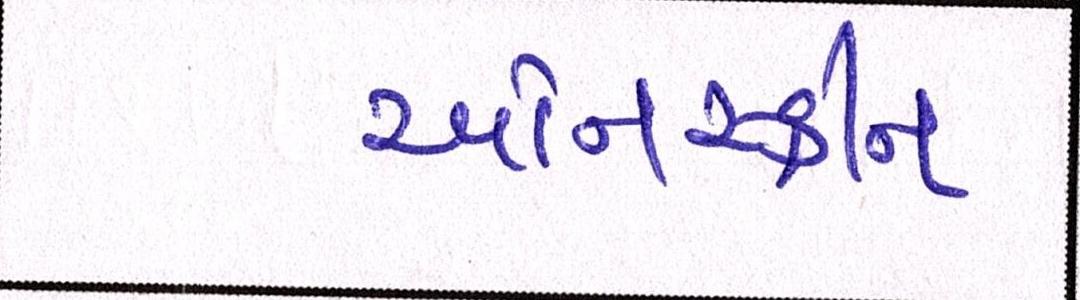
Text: ઓનસ્ક્રીન